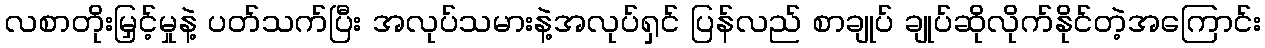
လစာတိုးမြှင့်မှုနဲ့ ပတ်သက်ပြီး အလုပ်သမားနဲ့အလုပ်ရှင် ပြန်လည် စာချုပ် ချုပ်ဆိုလိုက်နိုင်တဲ့အကြောင်း